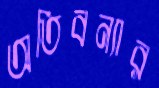
অতিবন্যার